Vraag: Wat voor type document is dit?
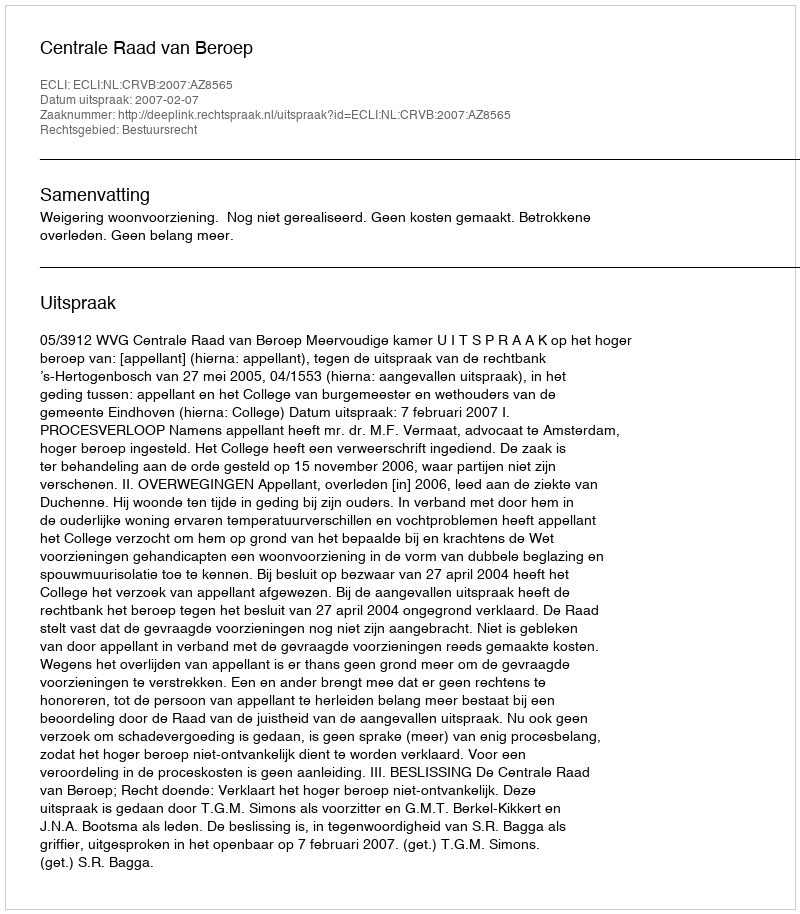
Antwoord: Uitspraak